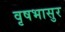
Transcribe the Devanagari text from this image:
वृषभासुर